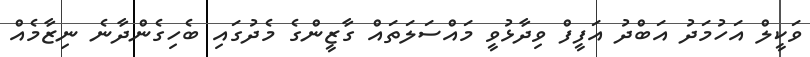
ވަކީލް އަހުމަދު އަބްދު އަފީފް ވިދާޅުވީ މައްސަލަތައް ގާޒީންގެ މެދުގައި ބެހިގެންދާނެ ނިޒާމެއް